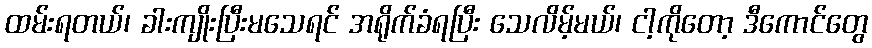
ထမ်းရတယ်၊ ခါးကျိုးပြီးမသေရင် အရိုက်ခံရပြီး သေလိမ့်မယ်၊ ငါ့ကိုတော့ ဒီကောင်တွေ